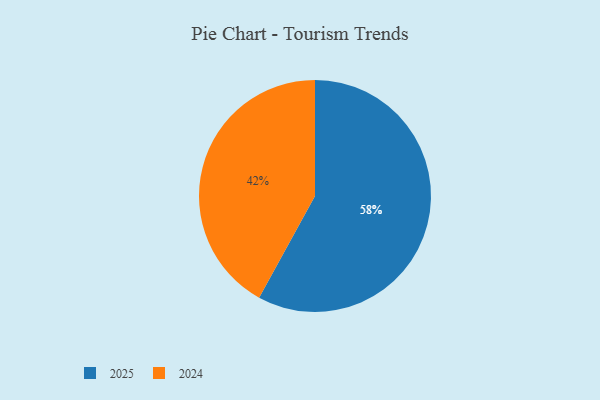
{"axis": {"x": "Category", "y": "Percentage"}, "legend": ["2024", "2025"], "data": [{"x": "2024", "y": 42, "type": "2024"}, {"x": "2025", "y": 58, "type": "2025"}]}